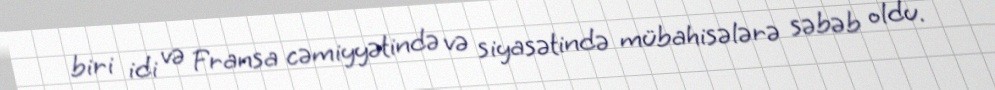
biri idi və Fransa cəmiyyətində və siyasətində mübahisələrə səbəb oldu.